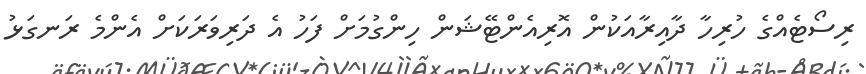
ރިސޯޓެއްގެ ހުރިހާ ދާއިރާއަކުން އޮރިއެންޓޭޝަން ހިންގުމަށް ފަހު އެ ދަރިވަރަކަށް އެންމެ ރަނގަޅު